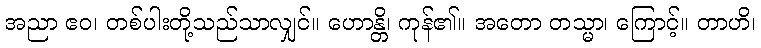
အညာ ဧဝ၊ တစ်ပါးတို့သည်သာလျှင်။ ဟောန္တိ၊ ကုန်၏။ အတော တသ္မာ၊ ကြောင့်။ တာဟိ၊